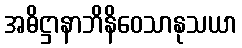
အဓိဋ္ဌာနာဘိနိဝေသာနုသယာ